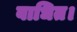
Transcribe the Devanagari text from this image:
बाधित।